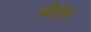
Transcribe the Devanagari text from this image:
बौद्ध्